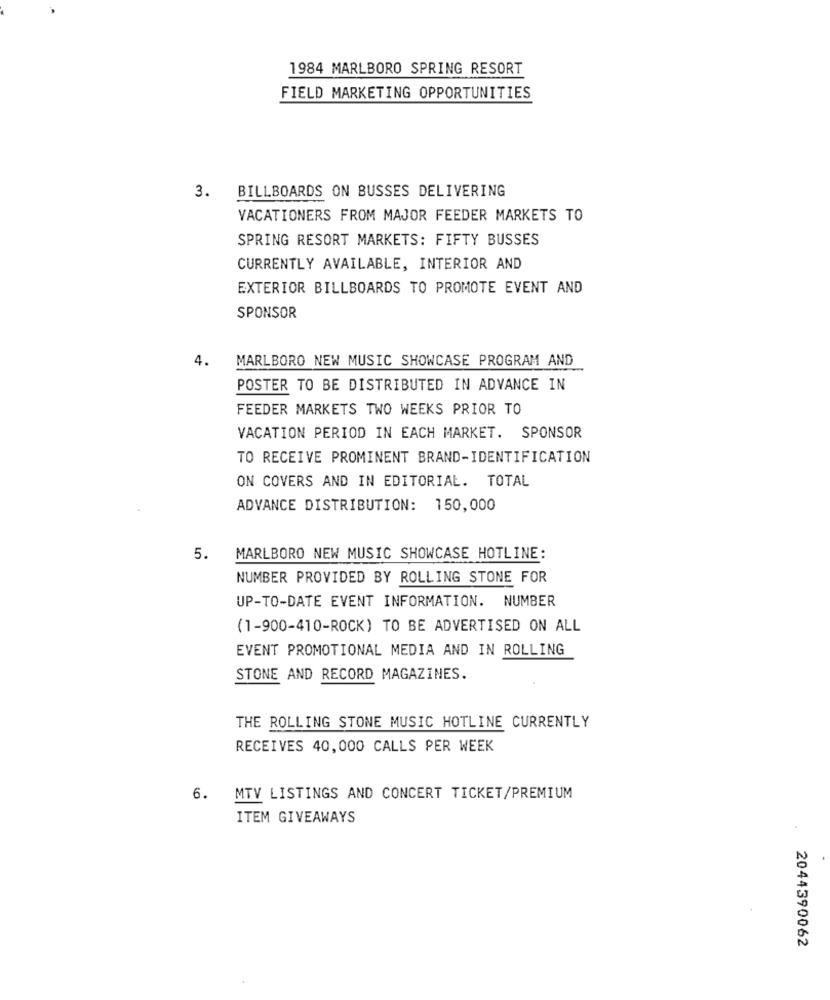
1984 MARLBORO SPRING RESORT
FIELD MARKETING OPPORTUNITIES
3. BILLBOARDS ON BUSSES DELIVERING
VACATIONERS FROM MAJOR FEEDER MARKETS TO
SPRING RESORT MARKETS: FIFTY BUSSES
CURRENTLY AVAILABLE, INTERIOR AND
EXTERIOR BILLBOARDS TO PROMOTE EVENT AND
SPONSOR
4.
MARLBORO NEW MUSIC SHOWCASE PROGRAM AND
POSTER TO BE DISTRIBUTED IN ADVANCE IN
FEEDER MARKETS TWO WEEKS PRIOR TO
VACATION PERIOD IN EACH MARKET. SPONSOR
TO RECEIVE PROMINENT BRAND-IDENTIFICATION
ON COVERS AND IN EDITORIAL. TOTAL
ADVANCE DISTRIBUTION: 150,000
5.
MARLBORO NEW MUSIC SHOWCASE HOTLINE:
NUMBER PROVIDED BY ROLLING STONE FOR
UP-TO-DATE EVENT INFORMATION. NUMBER
(1-900-410-ROCK) TO BE ADVERTISED ON ALL
EVENT PROMOTIONAL MEDIA AND IN ROLLING
STONE AND RECORD MAGAZINES.
THE ROLLING STONE MUSIC HOTLINE CURRENTLY
RECEIVES 40,000 CALLS PER WEEK
6.
MTV LISTINGS AND CONCERT TICKET/PREMIUM
ITEM GIVEAWAYS
2044390062